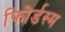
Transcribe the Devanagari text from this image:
फोिर्डस्म